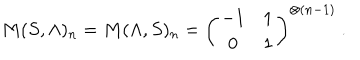
M ( S , \Lambda ) _ { n } = M ( \Lambda , S ) _ { n } = \left( \begin{matrix} { { - 1 } } & { { 1 } } \\ { { 0 } } & { { 1 } } \\ \end{matrix} \right) ^ { \otimes ( n - 1 ) } \ .